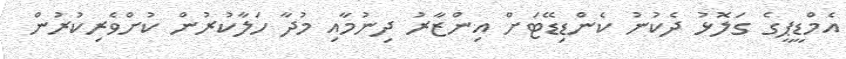
އެމްޑީޕީގެ ގަލޮޅު ދެކުނު ކެންޑިޑޭޓަށް އިންޒާރު ދިނުމާއި މުދާ ހަލާކުރުން ކުށްވެރިކުރުން